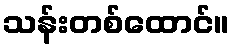
သန်းတစ်ထောင်။